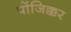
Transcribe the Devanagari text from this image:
पोंजिक्कर